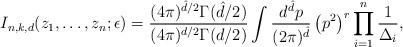
LaTeX: \begin{align*}I_{n,k,d}(z_1,\dots,z_n;\epsilon) =\frac{(4\pi)^{\hat{d}/2}\Gamma(\hat{d}/2)}{(4\pi)^{d/2}\Gamma(d/2)}\int\frac{d^{\hat{d}}p}{(2\pi)^{\hat{d}}}\left(p^2\right)^r\prod_{i=1}^n\frac{1}{\Delta_i},\end{align*}